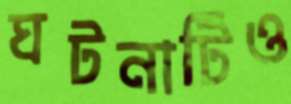
ঘটনাটিও